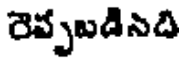
రెప్పబడినది